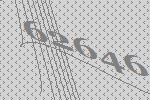
62646